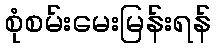
စုံစမ်းမေးမြန်းရန်